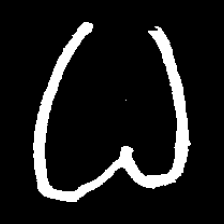
Pyu character \u2014 Myanmar letter: ဓ (romanized: dha)